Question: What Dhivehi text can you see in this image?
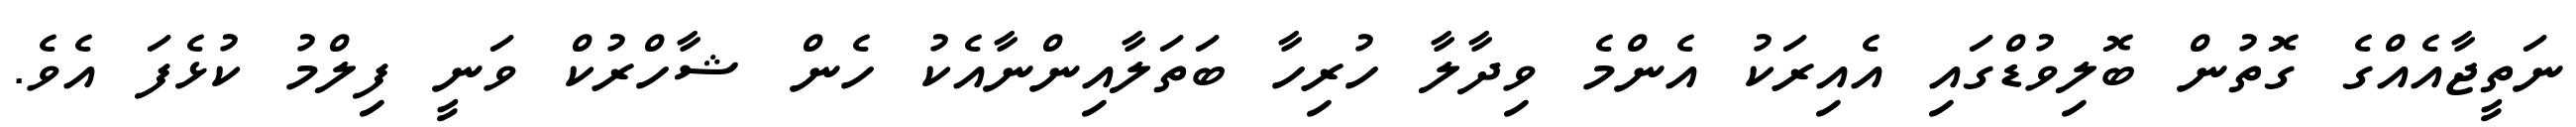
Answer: ނަތީޖާއެއްގެ ގޮތުން ބޮލިވުޑްގައި އެއިރަކު އެންމެ ވިދާލާ ހުރިހާ ބަތަލާއިންނާއެކު ހެން ޝާހްރުކް ވަނީ ފިލްމު ކުޅެފަ އެވެ.